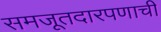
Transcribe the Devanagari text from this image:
समजूतदारपणाची